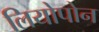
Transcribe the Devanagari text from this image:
लियोपोन